Lunatic asylums Central Provinces reports 1886-1894 - 1886-1894
Year: 1886
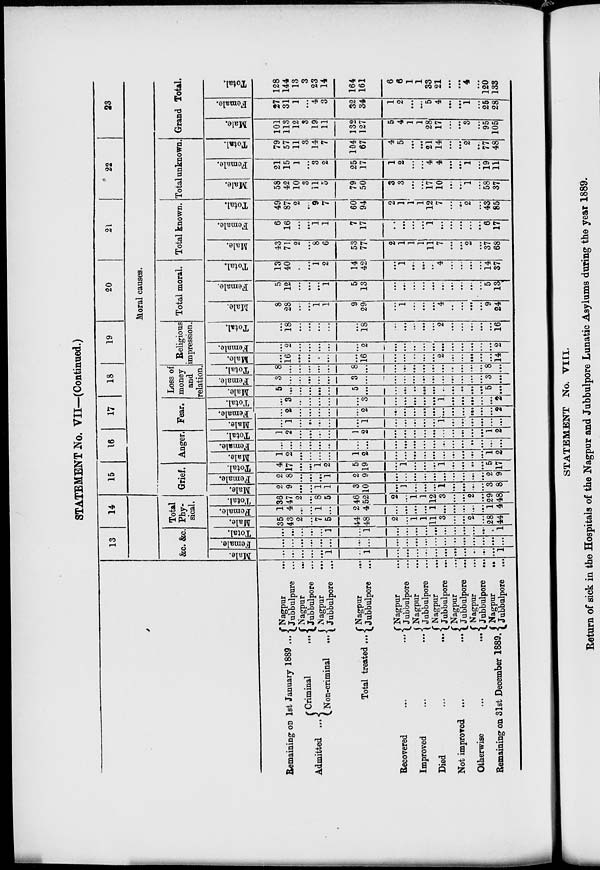
STATEMENT No. VII—(Continued.)
Remaining ON 1st January 1889 ...
Admitted ...
Criminal
...
Non-criminal
...
Total treated ...
Recovered
...
...
Improved ... ...
Died
...
...
Not improved ...
...
Otherwise
...
...
Remaining on 31st December 1889.
Nagpur ...
Jubbulpore ...
Nagpur ...
Jubbulpore ...
Nagpur ...
Jubbulpore ...
Nagpur ...
Jubbulpore ...
Nagpur ...
Jubbulpore ...
Nagpur ...
Jubbulpore ...
Nagpur ...
Jubbulpore ...
Nagpur ...
Jubbulpore ...
Nagpur ...
Jubbulpore ...
Nagpur
...
Jubbulpore ...
13
14
&c. &c.
Male.
...
...
...
...
...
1
...
1
...
...
...
...
...
...
...
...
...
...
...
1
Female.
...
...
...
...
...
...
...
...
...
...
...
...
...
...
...
...
...
...
...
...
Total.
...
...
...
...
...
1
...
1
...
...
...
...
...
...
...
...
...
...
...
1
Total
Phy-
sical.
Male.
35
43
2
...
7
5
44
48
2
...
1
1
11
3
...
...
2
...
28
44
Female.
1
4
...
...
1
...
2
4
...
...
...
...
1
...
...
...
...
...
1
4
Total.
36
47
2
...
8
5
46
52
2
...
1
1
12
3
...
...
2
...
29
48
15
16
17
18
19
20
21
22
23
Moral causes.
Grief.
Male.
2
9
...
...
1
1
3
10
...
1
...
...
...
1
...
...
...
...
3
8
Female.
2
8
...
...
...
1
2
9
...
...
...
...
...
...
...
...
...
...
2
9
Total.
4
17
...
...
1
2
5
19
...
1
...
...
...
1
...
...
...
...
5
17
Anger.
Male.
1
2
...
...
...
...
1
2
...
...
...
...
...
...
...
...
...
...
1
2
Female.
...
...
...
...
...
...
...
...
...
...
...
...
...
...
...
...
...
...
...
...
Total.
1
2
...
...
...
...
1
2
...
...
...
...
...
...
...
...
...
...
1
2
Fear.
Male.
...
1
...
...
...
...
...
1
...
...
...
...
...
1
...
...
...
...
...
...
Female.
...
2
...
...
...
...
...
2
...
...
...
...
...
...
...
...
...
...
...
2
Total.
...
3
...
...
...
...
...
3
...
...
...
...
...
1
...
...
...
...
...
2
Loss of
money
and
relation.
Male.
5
...
...
...
...
...
5
...
...
...
...
...
...
...
...
...
...
...
5
...
Female.
3
...
...
...
...
...
3
...
...
...
...
...
...
...
...
...
...
...
3
...
Total.
8
...
...
...
...
...
8
...
...
...
...
...
...
...
...
...
...
...
8
...
Religious
impression.
Male.
...
16
...
...
...
...
...
16
...
...
...
...
...
2
...
...
...
...
...
14
Female.
...
2
...
...
...
...
...
2
...
...
...
...
...
...
...
...
...
...
...
2
Total.
...
18
...
...
...
...
...
18
...
...
...
...
...
2
...
...
...
...
...
16
Total moral.
Male.
8
28
...
...
1
1
9
29
...
1
...
...
...
4
...
...
...
...
9
24
Female.
5
12
...
...
...
1
5
13
...
...
...
...
...
...
...
...
...
...
5
13
Total.
13
40
...
...
1
2
14
42
...
1
...
...
...
4
...
...
...
...
14
37
Total known.
Male.
43
71
2
...
8
6
53
77
2
1
1
1
11
7
...
...
2
...
37
68
Female.
6
16
...
...
1
1
7
17
...
...
...
...
1
...
...
...
...
...
6
17
Total.
49
87
2
...
9
7
60
94
2
1
1
1
12
7
...
...
2
...
43
85
Total unknown.
Male.
58
42
10
3
11
5
79
50
3
3
...
...
17
10
...
...
1
...
58
37
Female.
21
15
1
...
3
2
25
17
1
2
...
...
4
4
...
...
1
...
19
11
Total.
79
57
11
3
14
7
104
67
4
5
...
...
21
14
...
...
2
...
77
48
Grand Total.
Male.
101
113
12
3
19
11
132
127
5
4
1
1
28
17
...
...
3
...
95
105
Female.
27
31
1
...
4
3
32
34
1
2
...
...
5
4
...
...
1
...
25
28
Total.
128
144
13
3
23
14
164
161
6
6
1
1
33
21
...
...
4
...
120
133